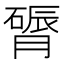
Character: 𬛔